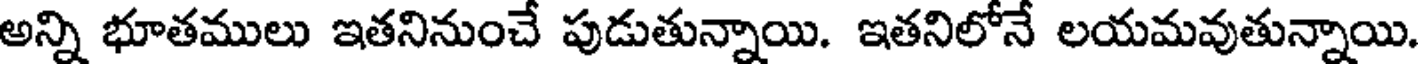
అన్ని భూతములు ఇతనినుంచే పుడుతున్నాయి. ఇతనిలోనే లయమవుతున్నాయి.